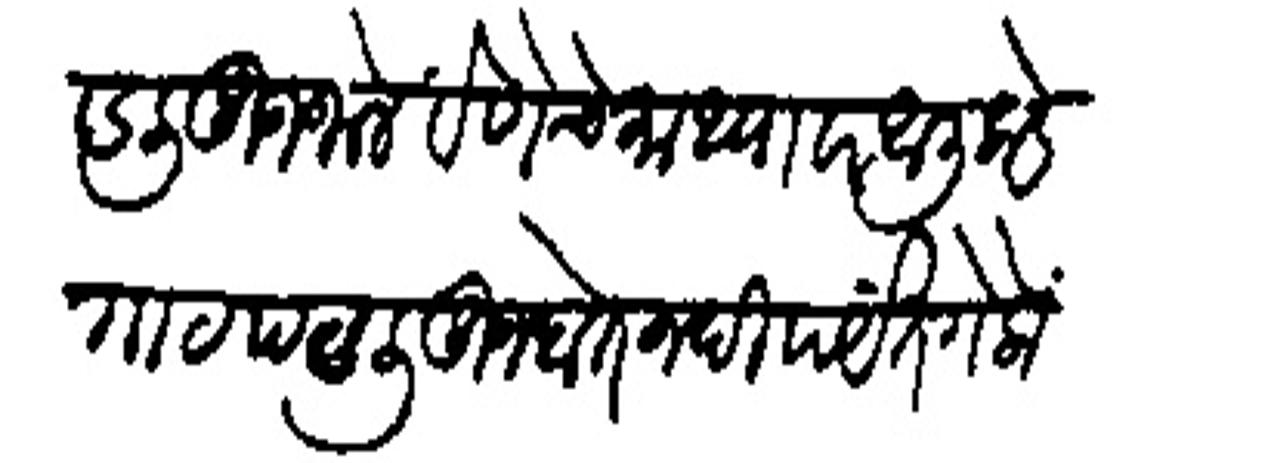
Transliteration (Devanagari): पडली जूज जालें वेणेचे माध्यावर आलीकडे गाठ पडली जूज होत नदीपर्यत गेलों